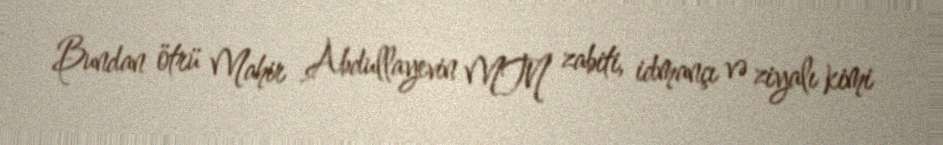
Bundan ötrü Mahir Abdullayevin MTN zabiti, idmançı və ziyalı kimi